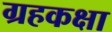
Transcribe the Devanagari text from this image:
ग्रहकक्षा